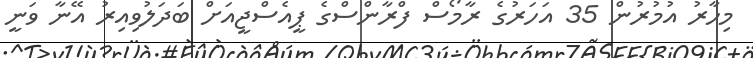
މިހާރު އުމުރުން 35 އަހަރުގެ ރާމޯސް ފްރާންސްގެ ޕީއެސްޖީއަށް ބަދަލުވިއިރު އޭނާ ވަނީ